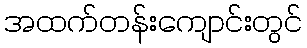
အထက်တန်းကျောင်းတွင်